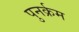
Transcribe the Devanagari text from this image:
पुनर्क्रम